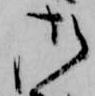
御